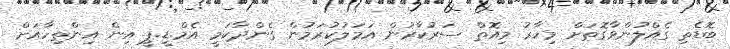
ބޮޑެތި ގެއްލުންވާގޮތަށް މިހާރު މިއޮތް ސަރުކާރުން އަމަލުކުރަމުން ގެންދާކަމީ އެމް.ޑީ.ޕީ އިން އިންތިހާއަށް